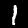
Digit: 1